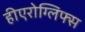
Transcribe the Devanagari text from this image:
हीएरोग्लिफ्स